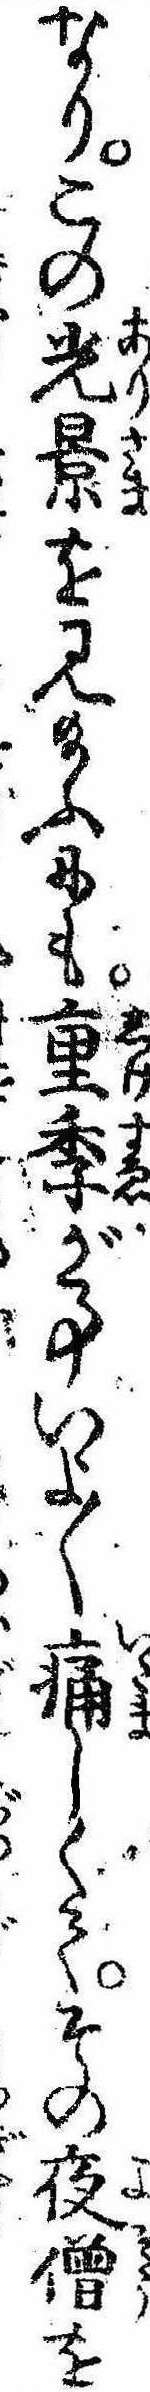
なりこの光景を見給ふにも重季が事いよ〱痛しくてその夜僧を